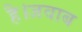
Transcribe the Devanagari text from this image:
है।जवाब